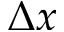
\Delta x